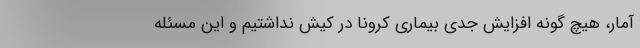
آمار، هیچ گونه افزایش جدی بیماری کرونا در کیش نداشتیم و این مسئله